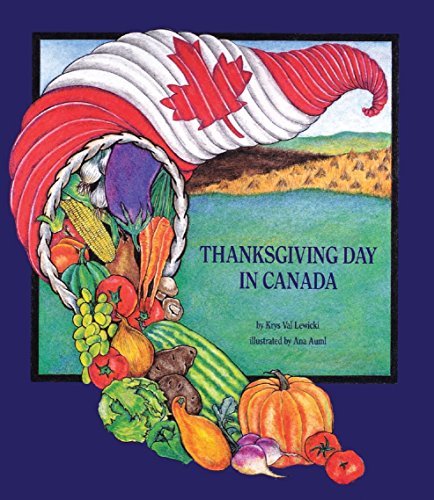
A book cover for Thanksgiving Day in Canada; Krys Val Lewicki; Children's Books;